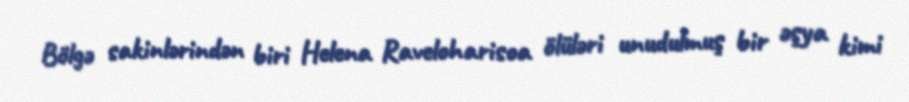
Bölgə sakinlərindən biri Helena Raveloharisoa ölüləri unudulmuş bir əşya kimi